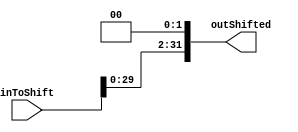
`timescale 1ns/1ns
module ShiftLeft2 (
    input [31:0] inToShift,
    output reg[31:0] outShifted
);
    reg [31:0] shiftedBits;
    always @(inToShift) begin
        shiftedBits <= inToShift << 2;
        outShifted <= shiftedBits[31:0];
    end
endmodule //ControlBits